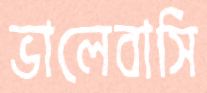
ভালেবাসি